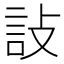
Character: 𬢟